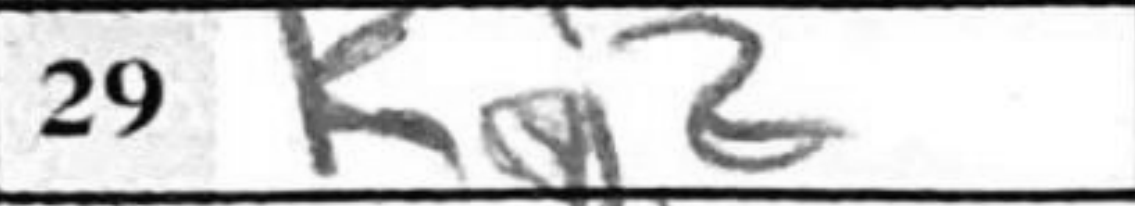
Transcription: Kg2